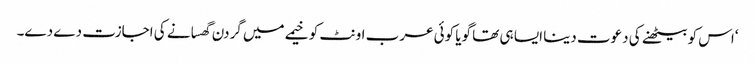
‘اس کو بیٹھنے کی دعوت دینا ایسا ہی تھا گویا کوئی عرب اونٹ کو خیمے میں گردن گھسانے کی اجازت دے دے۔